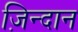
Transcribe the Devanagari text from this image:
ज़िन्दान